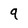
Character: q